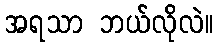
အရသာ ဘယ်လိုလဲ။